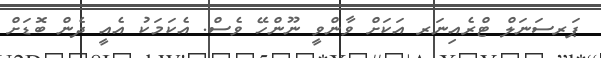
ޕަރސަނަލް ޓްރެއިނަރ އަކަށް ވާންވީ ނޫންހޭ ވެސް. އެކަމަކު އެއީ ދެން ބޮޑަށް